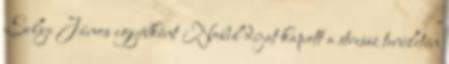
Selye János egyébként Nobel díjat kapott a stressz területén